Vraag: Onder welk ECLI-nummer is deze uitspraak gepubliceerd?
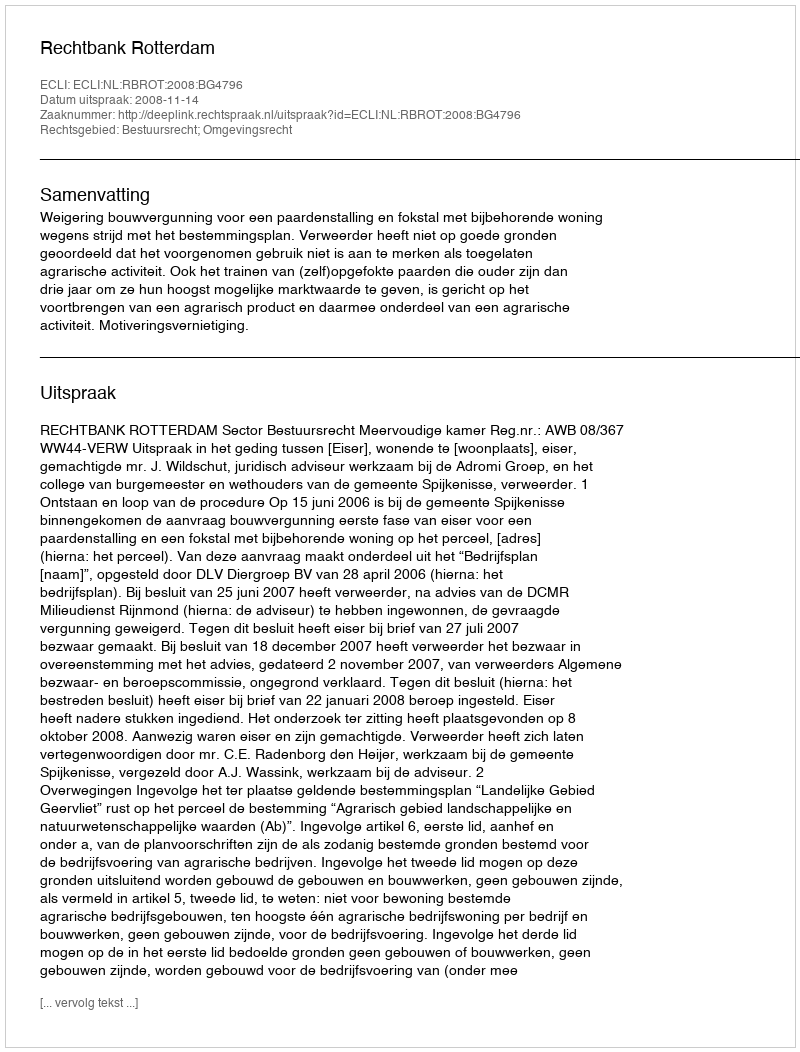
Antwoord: ECLI:NL:RBROT:2008:BG4796